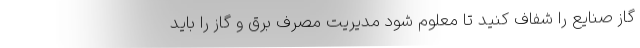
گاز صنایع را شفاف کنید تا معلوم شود مدیریت مصرف برق و گاز را باید